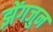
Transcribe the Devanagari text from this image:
झेंगजुन